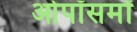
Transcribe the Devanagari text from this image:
ओपॉसमों